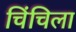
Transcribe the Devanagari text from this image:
चिंचिला